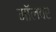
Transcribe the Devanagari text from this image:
मॉलवर